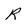
Character: R